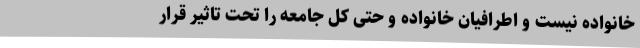
خانواده نیست و اطرافیان خانواده و حتی کل جامعه را تحت تاثیر قرار